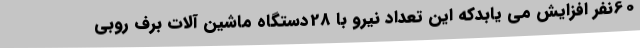
60نفر افزایش می یابدکه این تعداد نیرو با 28دستگاه ماشین آلات برف روبی